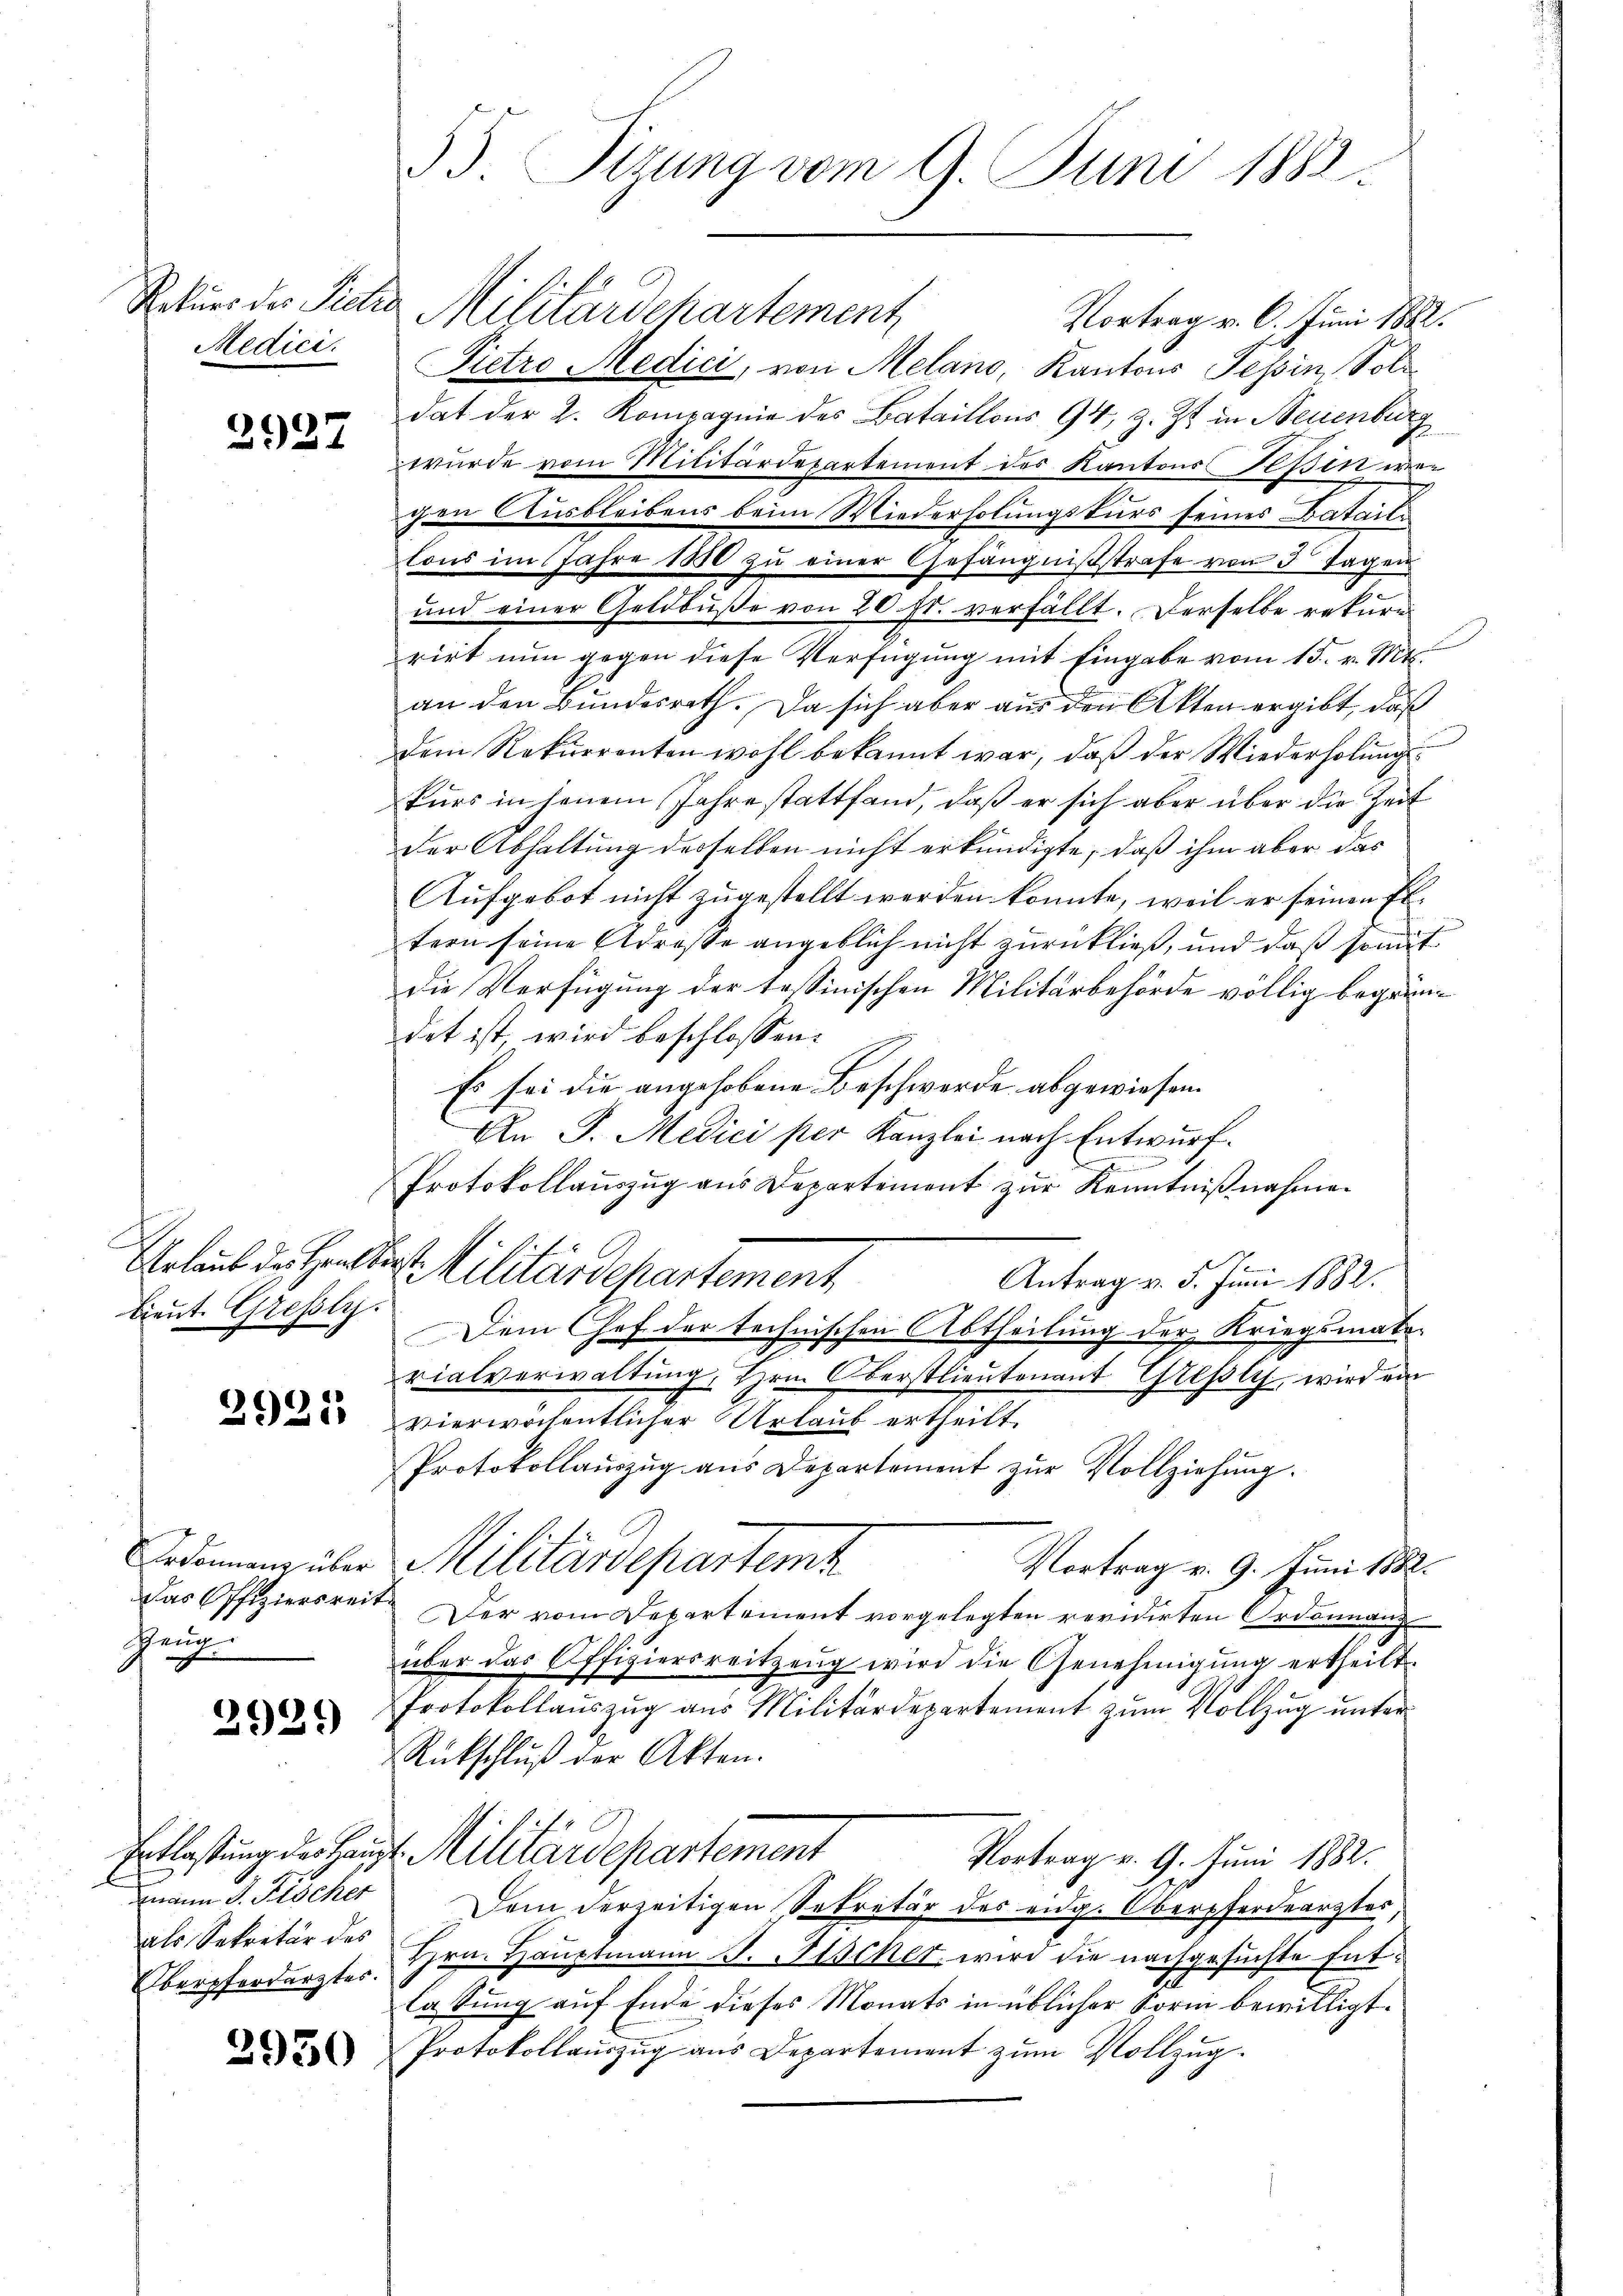
Rekurs des Pietra
Medici

2927

Erlaub des Hand der
lieut. Grefsly.

2921

Heng

2921)

als Sekretär des
Oberpferdarztes.

2950

Militärdchartement
Vortrag v. 6. Juni 1882.
Pietro Medici, von Melano, Kantons Sepin, Sol
dat der 2. Kompagnie des Bataillons 94, z. Zt. in Neuenburg
wurde vom Militärdepartement des Kantons Teßin wer
gen Ausbleibens beim Wiederholungskurs seines Bataile
Cons im Jahre 1880 zŭ einer Gefängnißstrafe von 3 Tagen
und einer Geldbuße von 20 fr. verfällt. Derselbe rekurr
rirt nun gegen diese Verfügung mit Eingabe vom 15. v. Mts.
an den Bundesrath. Da sich aber aus den Akten ergibt, daß
dem Rekurrenten wohl bekannt war, daß der Wiederholungskurs in jenem Jahre stattfand, daß er sich aber über die Zeit
der Abhaltung desselben nicht erkundigte, daß ihm aber das
Aufgebot nicht zugestellt werden konnte, weil er seinen Eltern seine Adresse angeblich nicht zurückließ, und daß somit
die Verfügung der tessinischen Militärbehörde völlig begründet ist, wird beschlossen:
Es sei die angehobene Beschwerde abgewiesen.
An J. Medici ster Kanzlei nach Entwurf.
n
Protokollauszug aus Departement zur Kenntnißnahmen
Militärdepartement
Antrag v. 5. Juni 1882.
Dem Chef der technischen Abtheilung der Kriegsmate-
rialverwaltung, Hrn. Oberstlieutenant Grisly wird ein
Vierwöchentlicher Urlaub ertheilt.
Protokollauszug aus Departement zur Vollziehung.
edenen über Militärdepartemz
Vortrag v. 9. Juni 1882.
Das Offiziersreit. Der vom Departement vorgelegten revidirten Ordonnanz
über das Offiziersreitzeug wird die Genehmigung ertheilt.
Protokollauszug aus Militärdepartement zum Vollzug unter
Rückschluß der Akten.
Entlastung der Haupt Militärdepartement
Vortrag v. 9. Juni 1882.
mann J. Fischer Dem derzeitigen Sekretär des eidg. Oberfordearztes,
Hrn. Hauptmann J. Fischer wird die nachgesuchte Ent¬
2
Casung auf Ende dieses Monats in üblicher Form bewilligt.
Protokollauszug aus Departement zum Vollzug.

33. Sitzung vom 9. Juni 1888